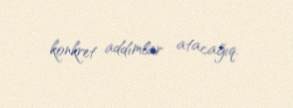
konkret addımlar atacağıq.